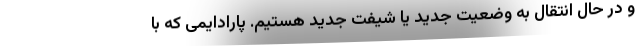
و در حال انتقال به وضعیت جدید یا شیفت جدید هستیم. پارادایمی که با